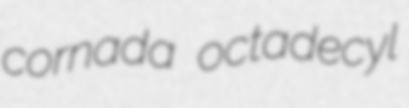
cornada octadecyl